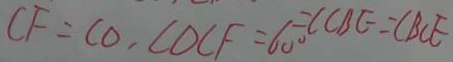
C F = C O , \angle D C F = 6 0 ^ { \circ } = \angle C B E = \angle B C E